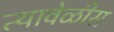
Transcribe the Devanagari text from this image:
त्यावेळीस